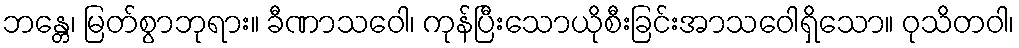
ဘန္တေ၊ မြတ်စွာဘုရား။ ခီဏာသဝေါ၊ ကုန်ပြီးသောယိုစီးခြင်းအာသဝေါရှိသော။ ဝုသိတဝါ၊